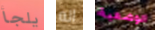
يلجأ انه الوضعية